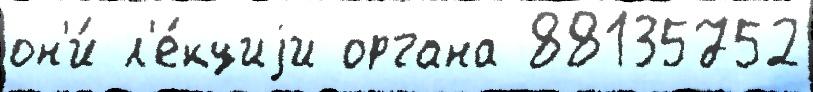
он'и́ л'е́кциjи органа 88135752